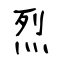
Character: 烈